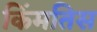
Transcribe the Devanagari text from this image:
किंमतिस